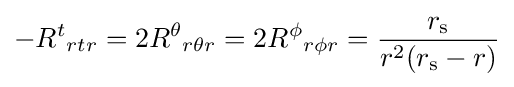
-R^{t}{}_{rtr}=2R^{\theta }{}_{r\theta r}=2R^{\phi }{}_{r\phi r}={\frac {r_{\text{s}}}{r^{2}(r_{\text{s}}-r)}}